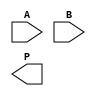
module dadda_multiplier #(parameter N = 4) (
    input  wire [N-1:0] A,
    input  wire [N-1:0] B,
    output wire [2*N-1:0] P
);

// Partial Product Generation
wire [N-1:0] pp [N-1:0]; // Partial products

genvar i, j;
generate
    for (i = 0; i < N; i = i + 1) begin : pp_gen
        assign pp[i] = A & {N{B[i]}}; // AND operation to generate partial products
    end
endgenerate

// Reduction Tree
wire [N+1:0] sum [2*N-1:0]; // Intermediate sums
wire [N-1:0] carry [2*N-1:0]; // Carry bits
wire [N-1:0] temp_sum [2*N-1:0]; // Temporary sum storage

// Stage 1 Reduction
generate
    for (j = 0; j < N; j = j + 1) begin : stage1
        assign sum[j] = pp[j][0] + pp[j+1][0] + pp[j+2][0]; // First two bits use half adders
        assign carry[j] = pp[j][0] & pp[j+1][0]; // Carry bits
    end
endgenerate

// Stage 2 Reduction
generate
    for (j = 0; j < N; j = j + 1) begin : stage2
        assign temp_sum[j] = sum[j] + carry[j]; // Summing stage 1 results
    end
endgenerate

// Final Summation
assign P = {temp_sum[0], temp_sum[1], temp_sum[2], temp_sum[3]}; // Concatenate results

endmodule